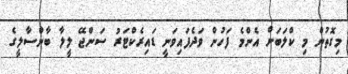
މިގޮތުން މި ކްލަބަށް އެންމެ ފަހުން ވަދެފައިވަނީ ޑައިރެކްޓަރު ސަންޖޭ ލީލާ ބާންސާލީގެ